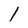
Character: 1